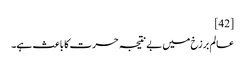
[42]
عالم برزخ میں بے نتیجہ حسرت کا باعث ہے۔